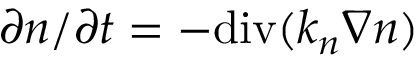
\partial n / \partial t = - \mathrm { d i v } ( k _ { n } \nabla n )